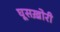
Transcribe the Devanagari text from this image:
घूसख़ोरी